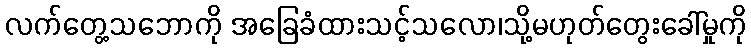
လက်တွေ့သဘောကို အခြေခံထားသင့်သလော၊သို့မဟုတ်တွေးခေါ်မှုကို